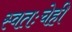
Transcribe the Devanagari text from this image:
स्वतःचेही